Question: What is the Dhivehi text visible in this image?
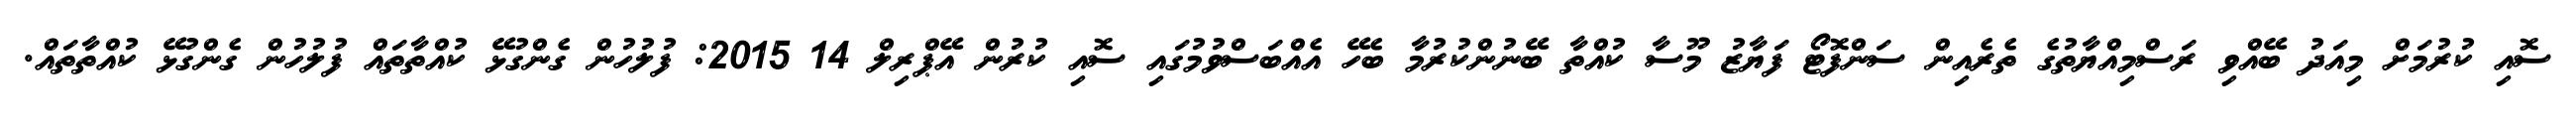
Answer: ސޮއި ކުރުމަށް މިއަދު ބޭއްވި ރަސްމިއްޔާތުގެ ތެރެއިން ސަންފޮޓޯ ފަޔާޒު މޫސާ ކުއްތާ ބޭނުންކުރުމާ ބެހޭ އެއްބަސްވުމުގައި ސޮއި ކުރުން އޭޕްރިލް 14 2015: ފުލުހުން ގެންގުޅޭ ކުއްތާތައް ފުލުހުން ގެންގުޅޭ ކުއްތާތައް.